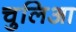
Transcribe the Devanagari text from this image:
चुलिआ